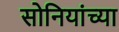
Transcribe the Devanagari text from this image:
सोनियांच्या